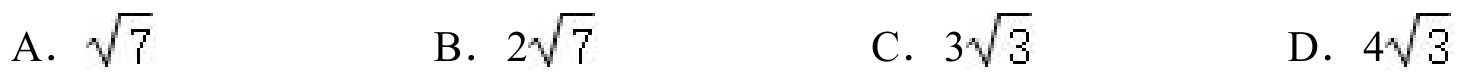
A. \(\sqrt{7}\)  \(\ \ \ \ \) B. \(2\sqrt{7}\)  \(\ \ \ \ \) C. \(3\sqrt{3}\)  \(\ \ \ \ \) D. \(4\sqrt{3}\)